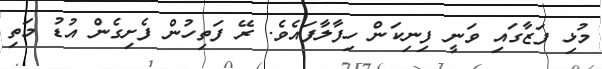
މުޅި ފަޒާގައި ވަނީ ފިނިކަން ހިފާލާފައެވެ. ރޭ ފަތިހުން ފެށިގެން އުޑު މަތި